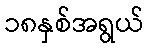
၁၈နှစ်အရွယ်